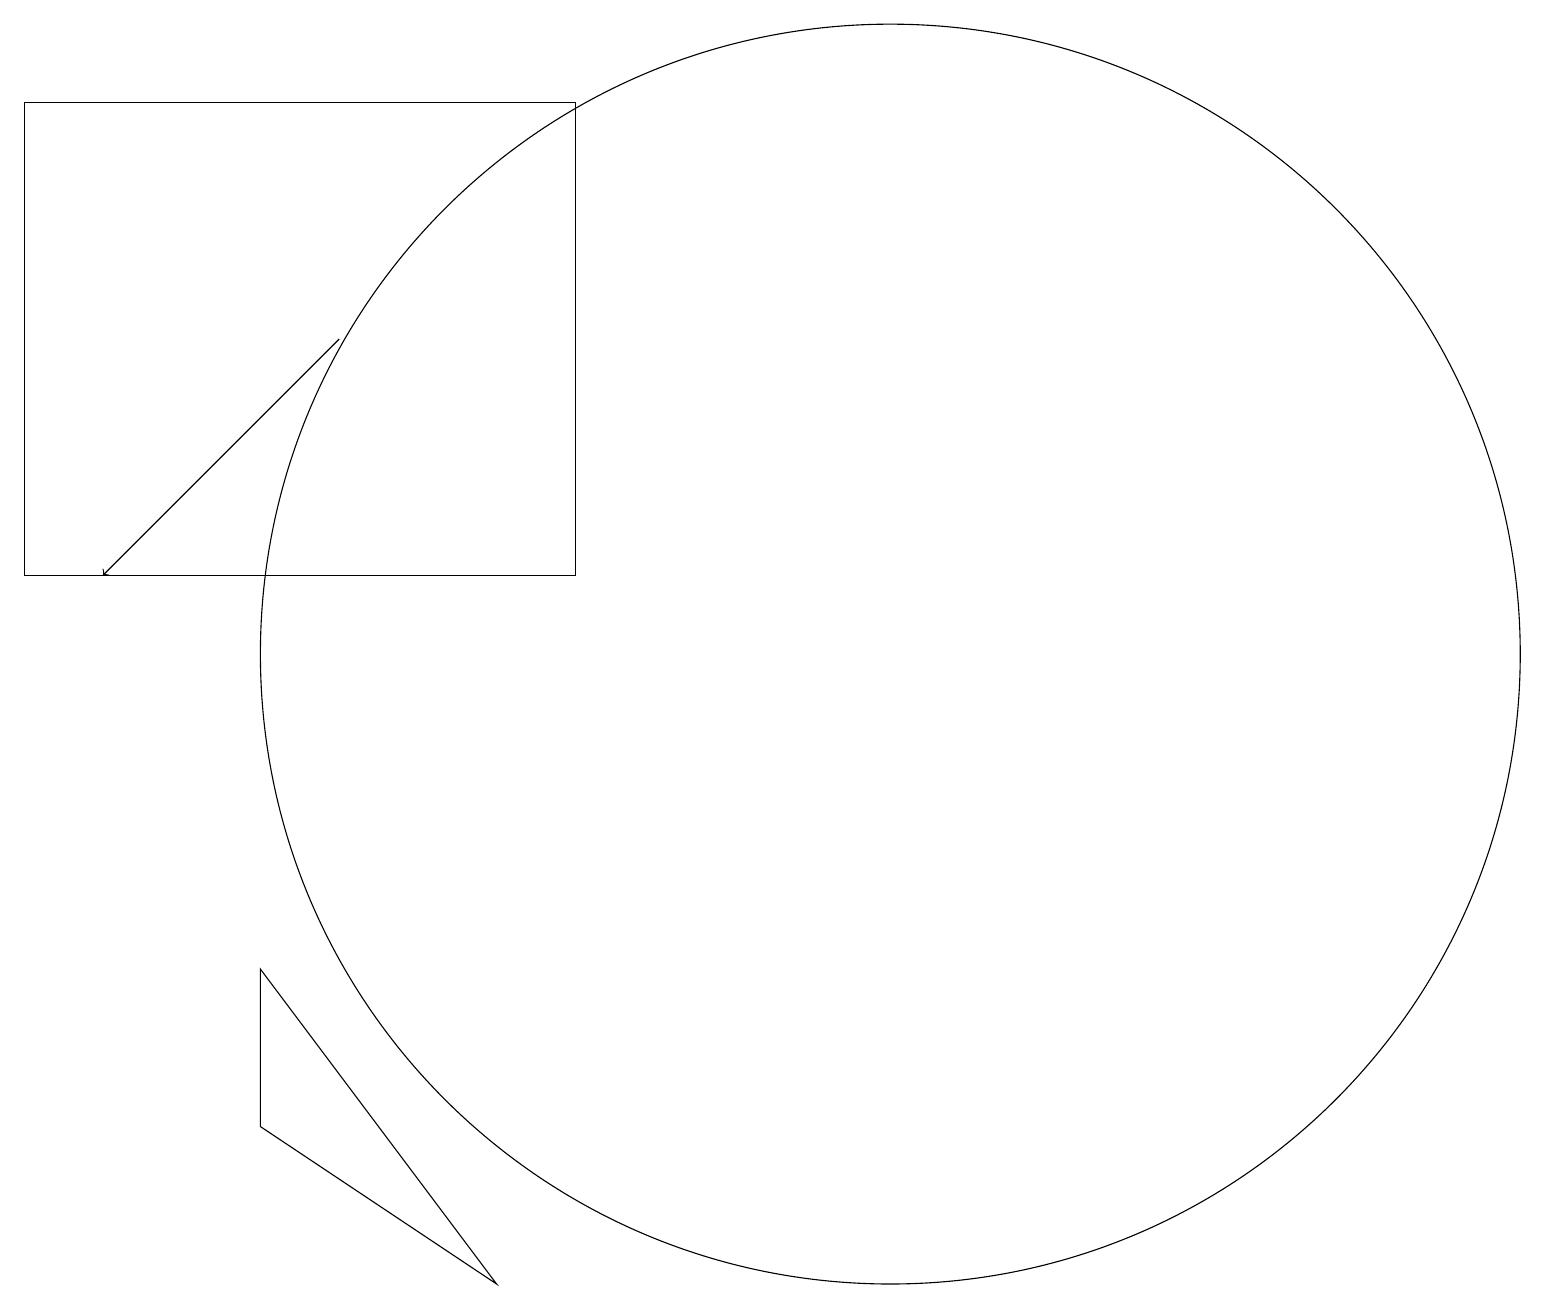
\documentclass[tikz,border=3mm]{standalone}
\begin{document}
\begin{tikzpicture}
\draw (8,12) rectangle (1,18);
\draw[->] (5,15) -- (2,12);
\draw (12,11) circle (8);
\draw (4,7) -- (7,3) -- (4,5) -- cycle;
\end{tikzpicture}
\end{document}